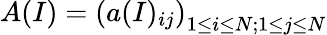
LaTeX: A(I)=\left(a(I)_{ij}\right)_{1\leq i\leq N;1\leq j\leq N}